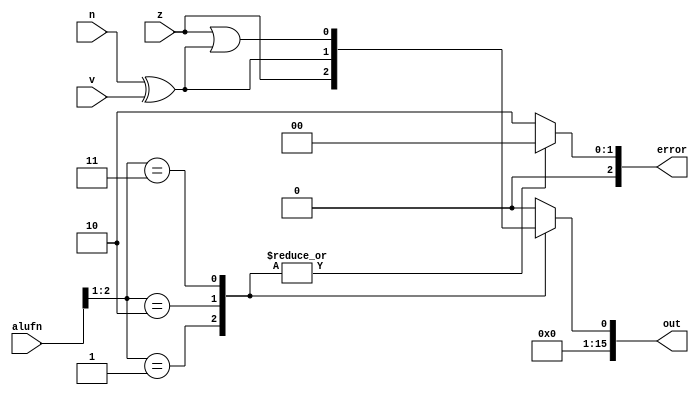
/*
   This file was generated automatically by the Mojo IDE version B1.3.6.
   Do not edit this file directly. Instead edit the original Lucid source.
   This is a temporary file and any changes made to it will be destroyed.
*/

module compare_12 (
    input z,
    input v,
    input n,
    input [5:0] alufn,
    output reg [15:0] out,
    output reg [2:0] error
  );
  
  
  
  always @* begin
    out = 16'h0000;
    error = 3'h0;
    
    case (alufn[1+1-:2])
      2'h1: begin
        out[0+0-:1] = z;
      end
      2'h2: begin
        out[0+0-:1] = n ^ v;
      end
      2'h3: begin
        out[0+0-:1] = z | (n ^ v);
      end
      default: begin
        error = 3'h2;
      end
    endcase
  end
endmodule